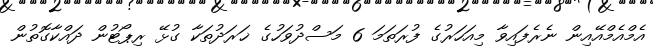
އެމްއެމްއޭއިން ނެރެފައިވާ މިއަހަރުގެ ފުރަތަމަ 6 މަސްދުވަހުގެ ޚަރަދުތަކާ ގުޅޭ ރިޕޯޓުން ދައްކާގޮތުން